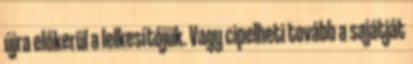
újra előkerül a lelkesítőjük. Vagy cipelheti tovább a sajátját